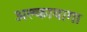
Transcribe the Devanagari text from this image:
अल्कायागा